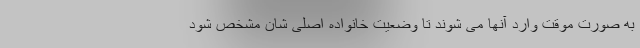
به صورت موقت وارد آنها می شوند تا وضعیت خانواده اصلی شان مشخص شود